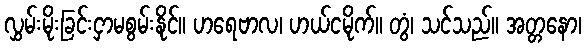
လွှမ်းမိုးခြင်းငှာမစွမ်းနိုင်။ ဟရေဗာလ၊ ဟယ်ငမိုက်။ တွံ၊ သင်သည်။ အတ္တနော၊